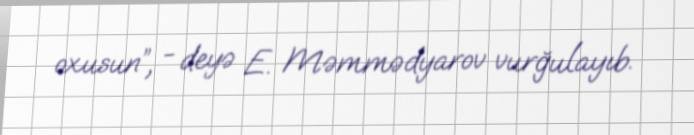
oxusun”, - deyə E. Məmmədyarov vurğulayıb.